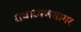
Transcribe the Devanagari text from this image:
राधारमणसागर